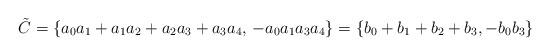
LaTeX: \begin{align*}\tilde C=\{a_0a_1+a_1a_2+a_2a_3+a_3a_4,\,-a_0a_1a_3a_4\}=\{b_0+b_1+b_2+b_3,-b_0b_3 \}\end{align*}